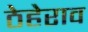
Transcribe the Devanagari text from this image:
ठेहेराव